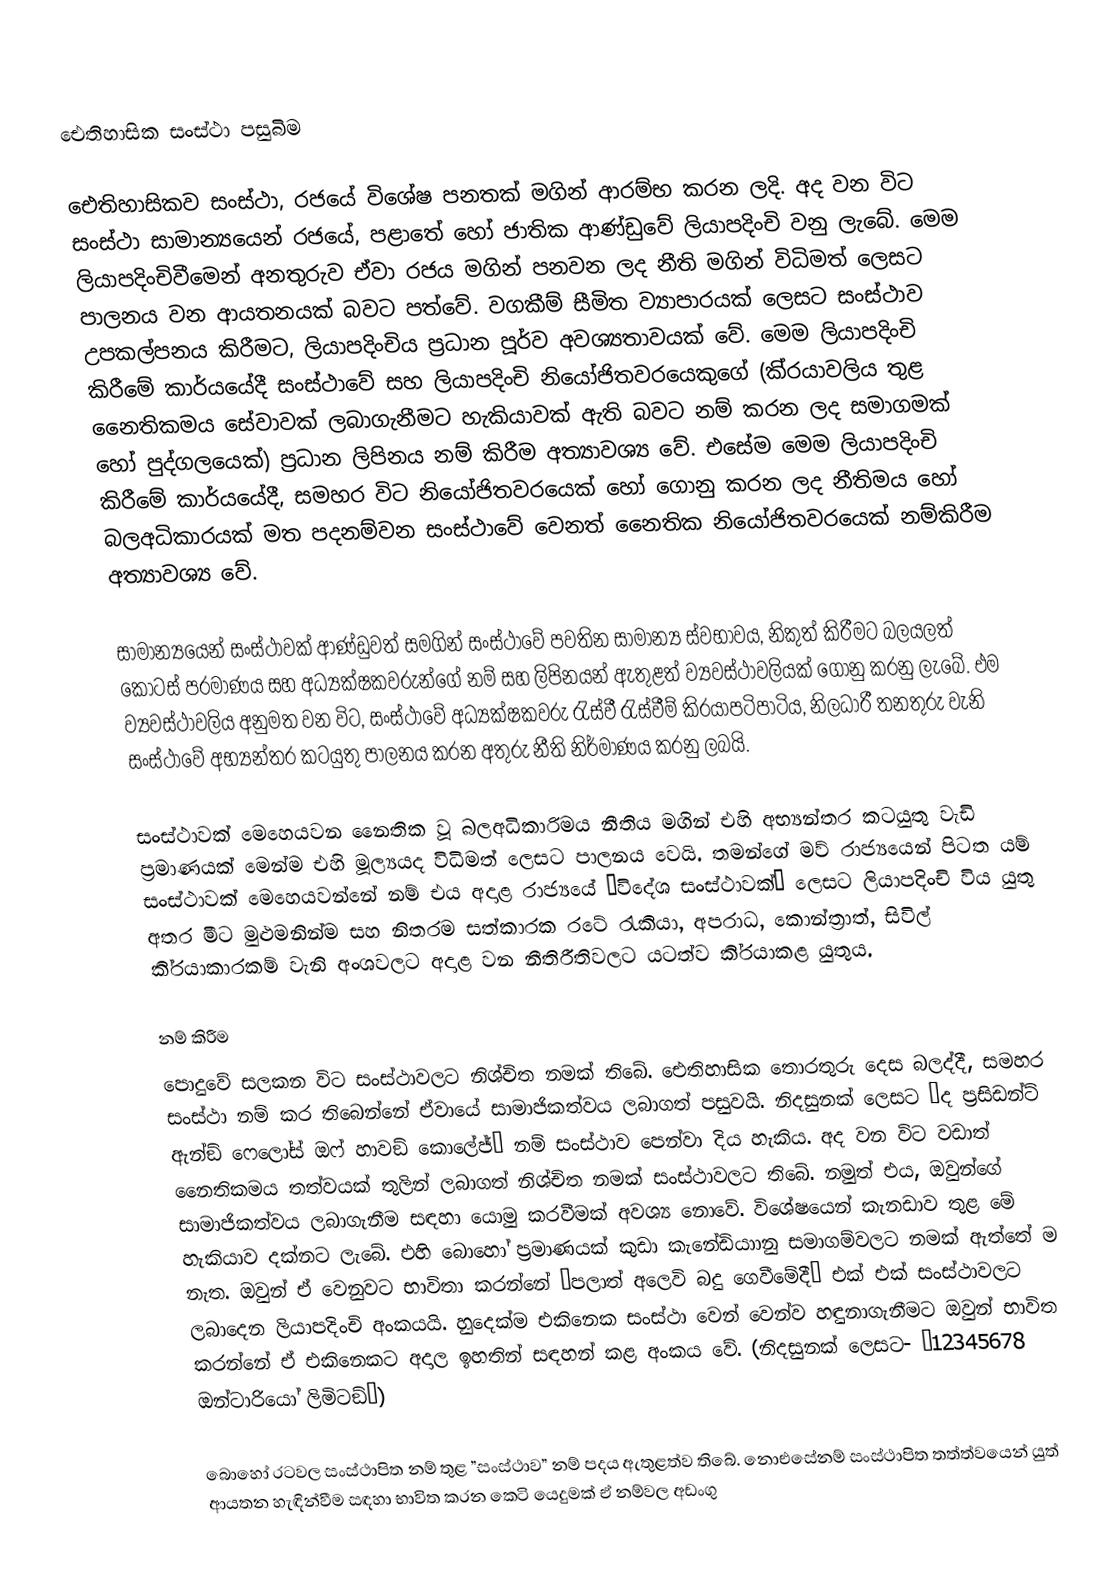
ඓතිහාසික සංස්ථා පසුබිම

ඓතිහාසිකව සංස්ථා, රජයේ විශේෂ පනතක් මගින් ආරම්භ කරන ලදි. අද වන විට සංස්ථා සාමාන්‍යයෙන් රජයේ, පළාතේ හෝ ජාතික ආණ්ඩුවේ ලියාපදිංචි වනු ලැබේ. මෙම ලියාපදිංචිවීමෙන් අනතුරුව ඒවා රජය මගින් පනවන ලද නීති මගින් විධිමත් ලෙසට පාලනය වන ආයතනයක් බවට පත්වේ. වගකීම් සීමිත ව්‍යාපාරයක් ලෙසට සංස්ථාව උපකල්පනය කිරීමට, ලියාපදිංචිය ප‍්‍රධාන පූර්ව අවශ්‍යතාවයක් වේ. මෙම ලියාපදිංචි කිරීමේ කාර්යයේදී සංස්ථාවේ සහ ලියාපදිංචි නියෝජිතවරයෙකුගේ (කි‍්‍රයාවලිය තුළ නෛතිකමය සේවාවක් ලබාගැනීමට හැකියාවක් ඇති බවට නම් කරන ලද සමාගමක් හෝ පුද්ගලයෙක්) ප‍්‍රධාන ලිපිනය නම් කිරීම අත්‍යාවශ්‍ය වේ. එසේම මෙම ලියාපදිංචි කිරීමේ කාර්යයේදී, සමහර විට නියෝජිතවරයෙක් හෝ ගොනු කරන ලද නීතිමය හෝ බලඅධිකාරයක් මත පදනම්වන සංස්ථාවේ වෙනත් නෛතික නියෝජිතවරයෙක් නම්කිරීම අත්‍යාවශ්‍ය වේ.

	සාමාන්‍යයෙන් සංස්ථාවක් ආණ්ඩුවත් සමගින් සංස්ථාවේ පවතින සාමාන්‍ය ස්වභාවය, නිකුත් කිරීමට බලයලත් කොටස් ප‍්‍රමාණය සහ අධ්‍යක්ෂකවරුන්ගේ නම් සහ ලිපිනයන් ඇතුළත් ව්‍යවස්ථාවලියක් ගොනු කරනු ලැබේ. එම ව්‍යවස්ථාවලිය අනුමත වන විට, සංස්ථාවේ අධ්‍යක්ෂකවරු රැස්වී රැස්වීම් කි‍්‍රයාපටිපාටිය, නිලධාරී තනතුරු වැනි සංස්ථාවේ අභ්‍යන්තර කටයුතු පාලනය කරන අතුරු නීති නිර්මාණය කරනු ලබයි.

	සංස්ථාවක් මෙහෙයවන නෛතික වූ බලඅධිකාරිමය නීතිය මගින් එහි අභ්‍යන්තර කටයුතු වැඩි ප‍්‍රමාණයක් මෙන්ම එහි මූල්‍යයද විධිමත් ලෙසට පාලනය වෙයි. තමන්ගේ මව් රාජ්‍යයෙන් පිටත යම් සංස්ථාවක් මෙහෙයවන්නේ නම් එය අදාළ රාජ්‍යයේ ”විදේශ සංස්ථාවක්” ලෙසට ලියාපදිංචි විය යුතු අතර මීට මුළුමනින්ම සහ නිතරම සත්කාරක රටේ රැකියා, අපරාධ, කොන්ත‍්‍රාත්, සිවිල් කි‍්‍රයාකාරකම් වැනි අංශවලට අදාළ වන නීතිරීතිවලට යටත්ව කි‍්‍රයාකළ යුතුය.

නම් කිරීම
පොදුවේ සලකන විට සංස්ථාවලට නිශ්චිත නමක් තිබේ. ඓතිහාසික තොරතුරු දෙස බලද්දී, සමහර සංස්ථා නම් කර තිබෙන්නේ ඒවායේ සාමාජිකත්වය ලබාගත් පසුවයි. නිදසුනක් ලෙසට ”ද ප‍්‍රසිඩන්ට් ඇන්ඞ් ෆෙලෝස් ඔෆ් හාවඞ් කොලේජ්” නම් සංස්ථාව පෙන්වා දිය හැකිය. අද වන විට වඩාත් නෛතිකමය තත්වයක් තුලින් ලබාගත් නිශ්චිත නමක් සංස්ථාවලට තිබේ. නමුත් එය, ඔවුන්ගේ සාමාජිකත්වය ලබාගැනීම සඳහා යොමු කරවීමක් අවශ්‍ය නොවේ. විශේෂයෙන් කැනඩාව තුළ මේ හැකියාව දක්නට ලැබේ. එහි බොහෝ ප‍්‍රමාණයක් කුඩා කැනේඩියාානු සමාගම්වලට නමක් ඇත්තේ ම නැත. ඔවුන් ඒ වෙනුවට භාවිතා කරන්නේ ”පලාත් අලෙවි බදු ගෙවීමේදී” එක් එක් සංස්ථාවලට ලබාදෙන ලියාපදිංචි අංකයයි. හුදෙක්ම එකිනෙක සංස්ථා වෙන් වෙන්ව හඳුනාගැනීමට ඔවුන් භාවිත කරන්නේ ඒ එකිනෙකට අදාල ඉහතින් සඳහන් කළ අංකය වේ. (නිදසුනක් ලෙසට- ”12345678 ඔන්ටාරියෝ ලිමිටඞ්”)

	බොහෝ රටවල සංස්ථාපිත නම් තුළ ”සංස්ථාව” නම් පදය ඇතුළත්ව තිබේ. නොඑසේනම් සංස්ථාපිත තත්ත්වයෙන් යුත් ආයතන හැඳින්වීම සඳහා භාවිත කරන කෙටි යෙදුමක් ඒ නම්වල අඩංගු